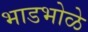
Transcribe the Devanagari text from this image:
भाडभोळे